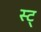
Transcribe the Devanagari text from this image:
स्ट्